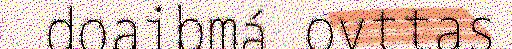
doaibmá ovttas